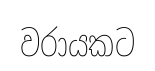
වරායකට